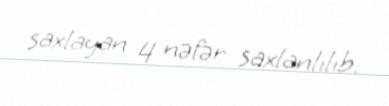
saxlayan 4 nəfər saxlanlılıb.